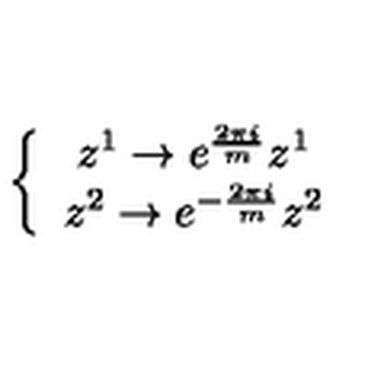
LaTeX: \left\{ \begin{array} { c } { z ^ { 1 } \rightarrow e ^ { \frac { 2 \pi i } { m } } z ^ { 1 } } \\ { z ^ { 2 } \rightarrow e ^ { - \frac { 2 \pi i } { m } } z ^ { 2 } } \\ \end{array} \right.